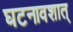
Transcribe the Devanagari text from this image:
घटनावशात्